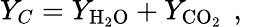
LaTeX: Y_{C}=Y_{\mathrm{H_{2}O}}+Y_{\mathrm{CO_{2}}}\, \mathrm{~,~}